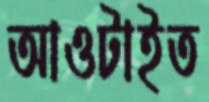
আওটাইত